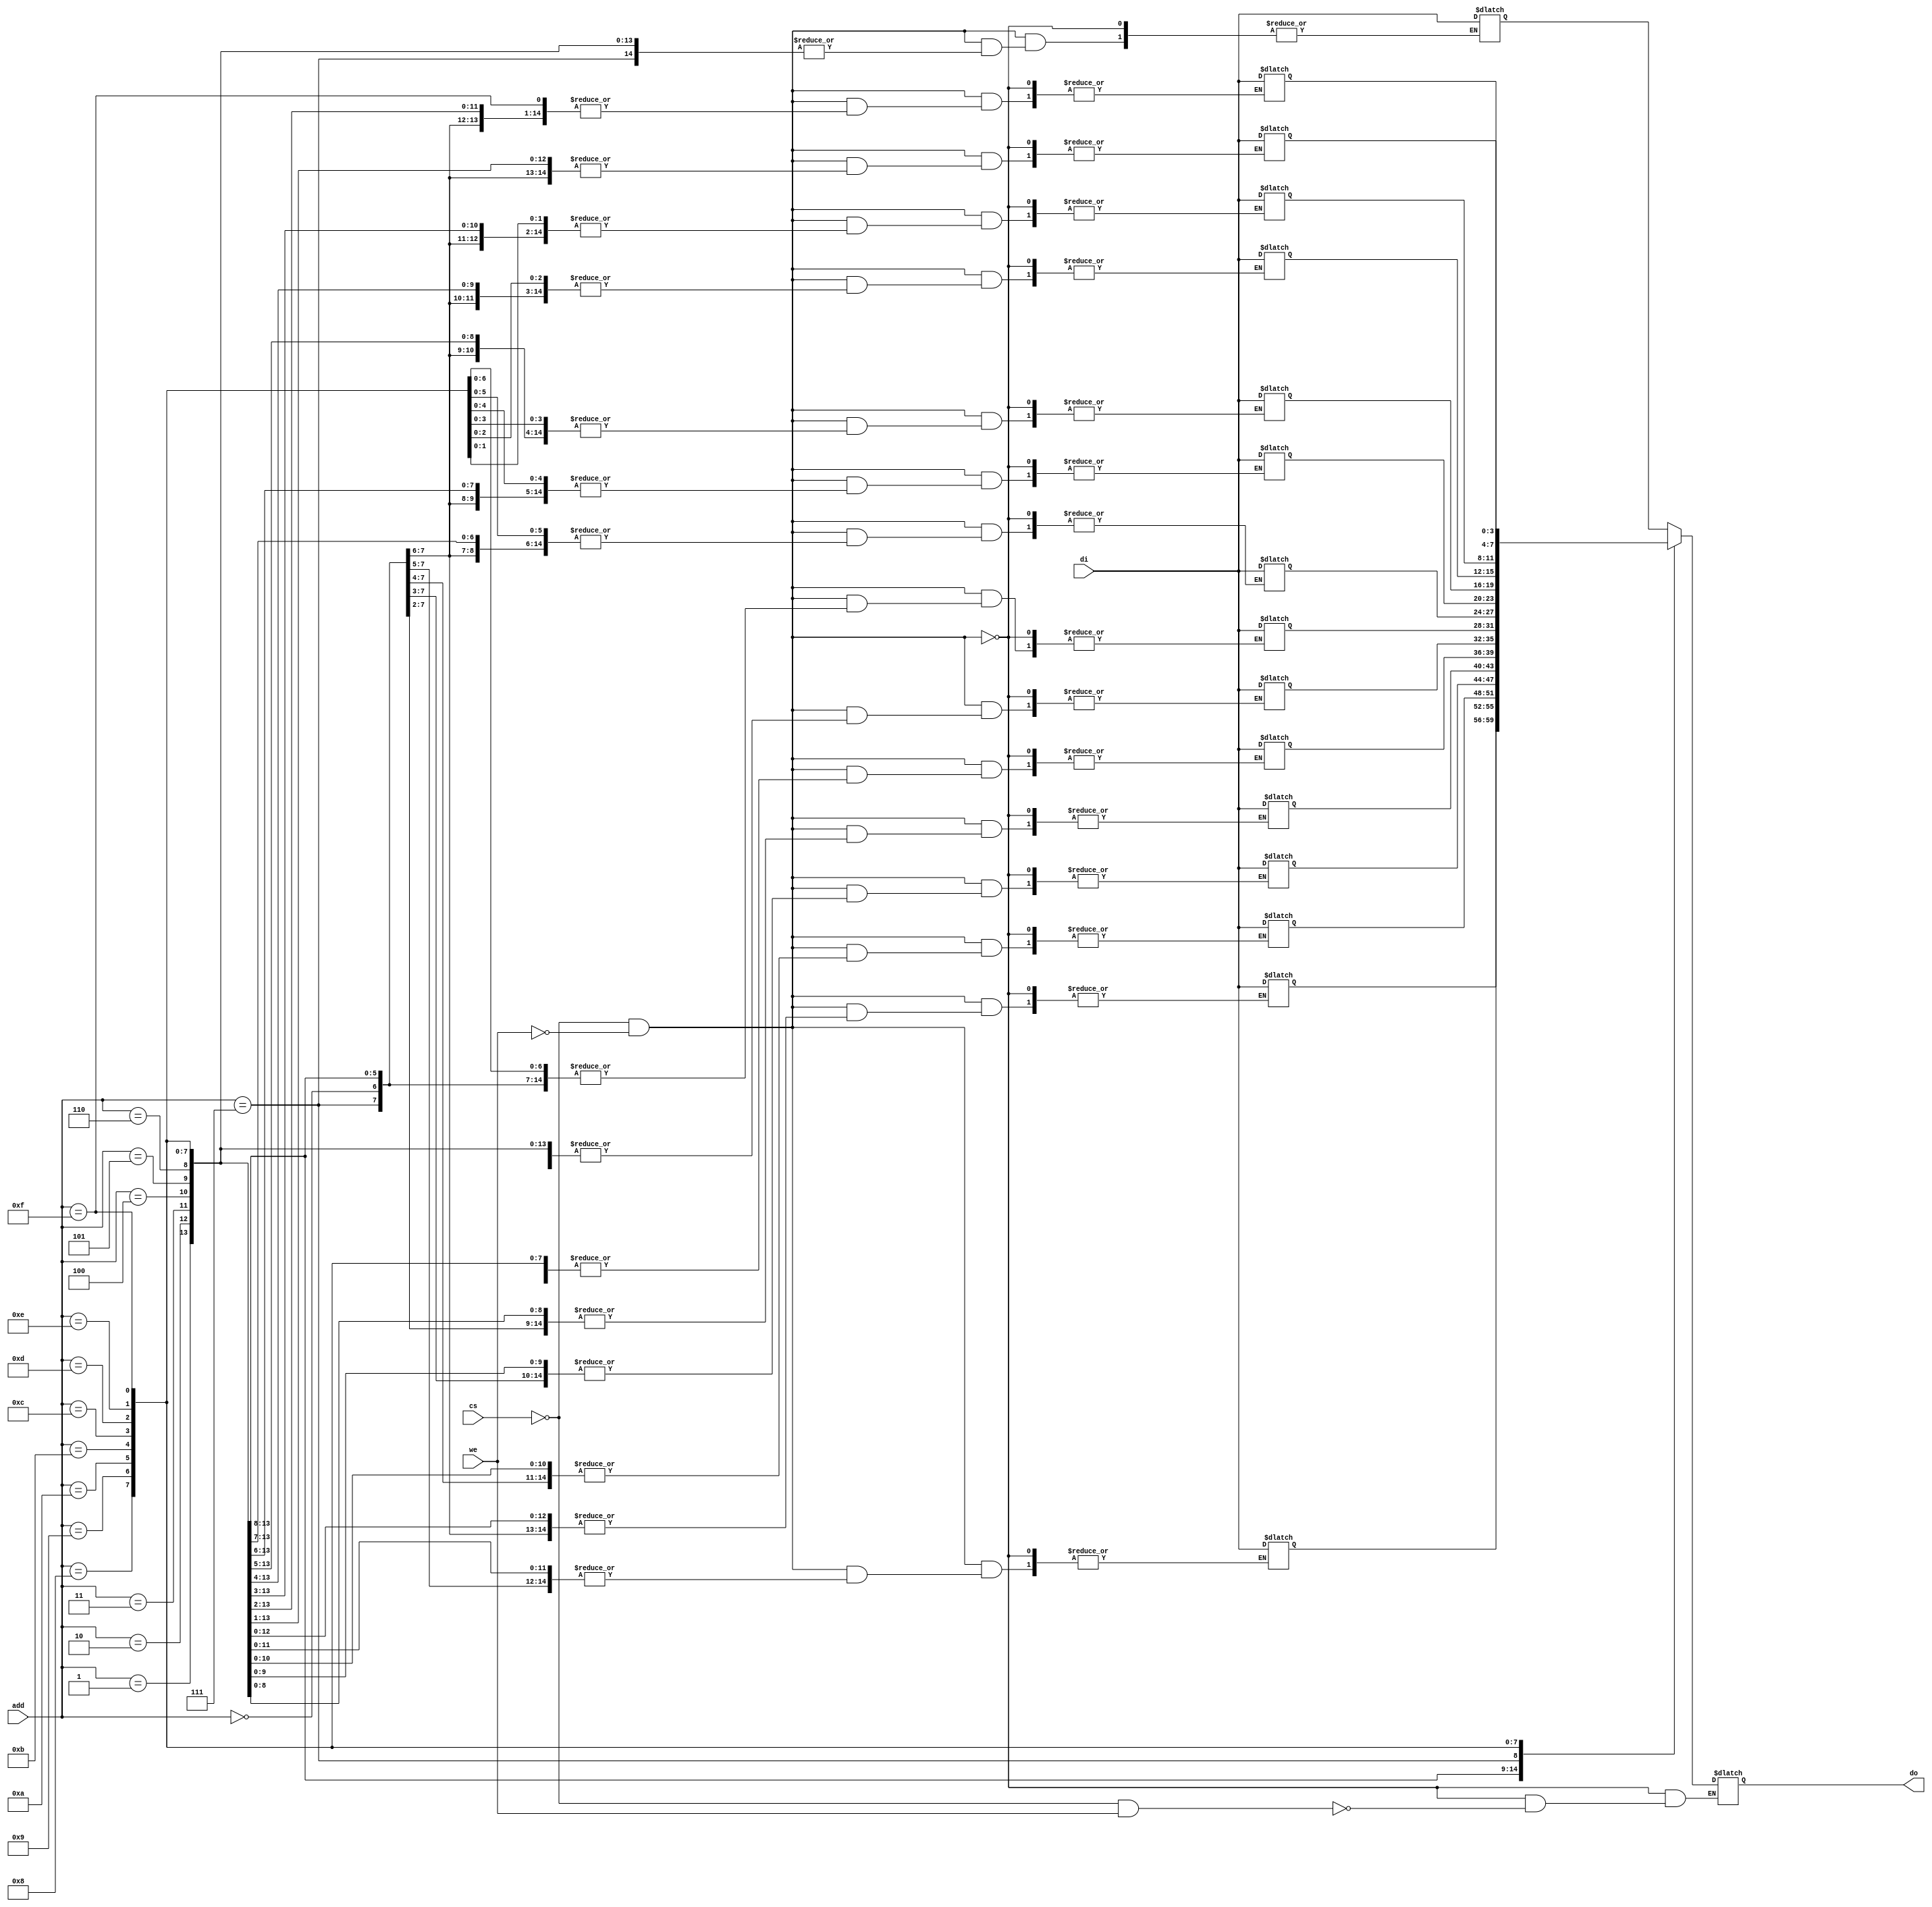
module ram(add,di,do,cs,we);
	input [3:0]di,add;
	input cs,we;
	output [3:0]do;
	reg [3:0]RAM[15:0];
	reg [3:0]do;
	always @(cs or we or add or di)
	begin
		if(cs==0 &we==0)
		begin
			RAM[add]=di;
			do='bz;
		end
		else if(cs==0 & we==1)
			do=RAM[add];
	end
endmodule